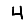
Digit: 4